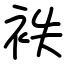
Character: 袟